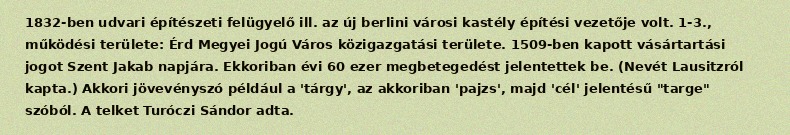
1832-ben udvari építészeti felügyelő ill. az új berlini városi kastély építési vezetője volt. 1-3., működési területe: Érd Megyei Jogú Város közigazgatási területe. 1509-ben kapott vásártartási jogot Szent Jakab napjára. Ekkoriban évi 60 ezer megbetegedést jelentettek be. (Nevét Lausitzról kapta.) Akkori jövevényszó például a 'tárgy', az akkoriban 'pajzs', majd 'cél' jelentésű "targe" szóból. A telket Turóczi Sándor adta.